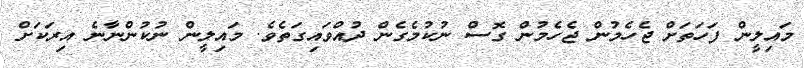
މައިލީން ފަހަތަށް ޖެހެމުން ޖެހެމުން ގޮސް ނުކުމެގެން ދުއްވައިގަތެވެ. މައިލީން ނުކުންނާނެ އިރަކަށް